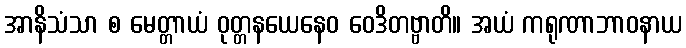
အာနိသံသာ စ မေတ္တာယံ ဝုတ္တနယေနေဝ ဝေဒိတဗ္ဗာတိ။ အယံ ကရုဏာဘာဝနာယ